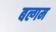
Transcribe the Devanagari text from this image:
बल्गम